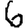
Digit: 6